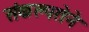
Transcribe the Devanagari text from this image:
संकल्पतेने